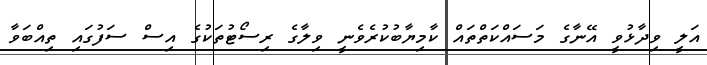
އަލީ ވިދާޅުވީ އޭނާގެ މަސައްކަތްތައް ކާމިޔާބުކުރެވެނީ ވިލާގެ ރިސޯޓުތަކުގެ އިސް ސަފުގައި ތިއްބަވާ